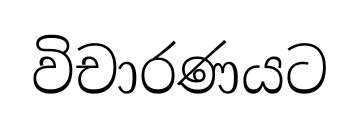
විචාරණයට